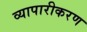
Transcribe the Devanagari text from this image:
व्‍यापारीकरण